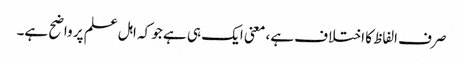
صرف الفاظ کا اختلاف ہے، معنی ایک ہی ہے جو کہ اہل علم پر واضح ہے۔